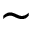
\sim